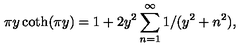
\pi y \coth ( \pi y ) = 1 + 2 y ^ { 2 } \sum _ { n = 1 } ^ { \infty } 1 / ( y ^ { 2 } + n ^ { 2 } ) ,